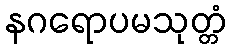
နဂရောပမသုတ္တံ